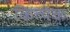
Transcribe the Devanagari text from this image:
कित्त्येक